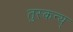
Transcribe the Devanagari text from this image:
तुस्कन्य्